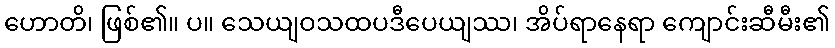
ဟောတိ၊ ဖြစ်၏။ ပ။ သေယျဝသထပဒီပေယျဿ၊ အိပ်ရာနေရာ ကျောင်းဆီမီး၏